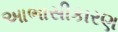
આભાસીકારણ